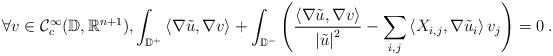
LaTeX: \begin{align*} \forall v \in \mathcal{C}_c^{\infty}(\mathbb{D},\mathbb{R}^{n+1}), \int_{\mathbb{D}^+} \left\langle\nabla{\tilde{u}},\nabla v \right\rangle + \int_{\mathbb{D}^-} \left(\frac{\left\langle\nabla{\tilde{u}},\nabla v \right\rangle}{\left|\tilde{u}\right|^2} - \sum_{i,j} \left\langle X_{i,j}, \nabla \tilde{u}_i \right\rangle v_j\right) = 0 \hskip.1cm. \end{align*}